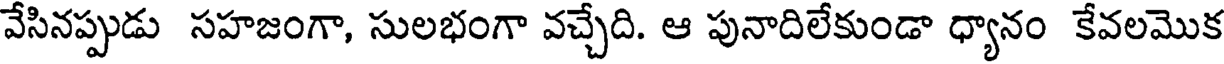
వేసినప్పుడు సహజంగా, సులభంగా వచ్చేది. ఆ పునాదిలేకుండా ధ్యానం కేవలమొక